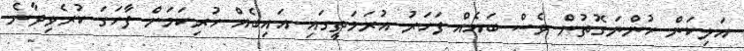
އަލިކަން ހުންނަގޮތުން ވެސް ބައެއް ފަހަރު އުރަމަތީގައި އައިބެއް ހުރިކަމަށް ފާހަގަ ކުރެވިދާނެ